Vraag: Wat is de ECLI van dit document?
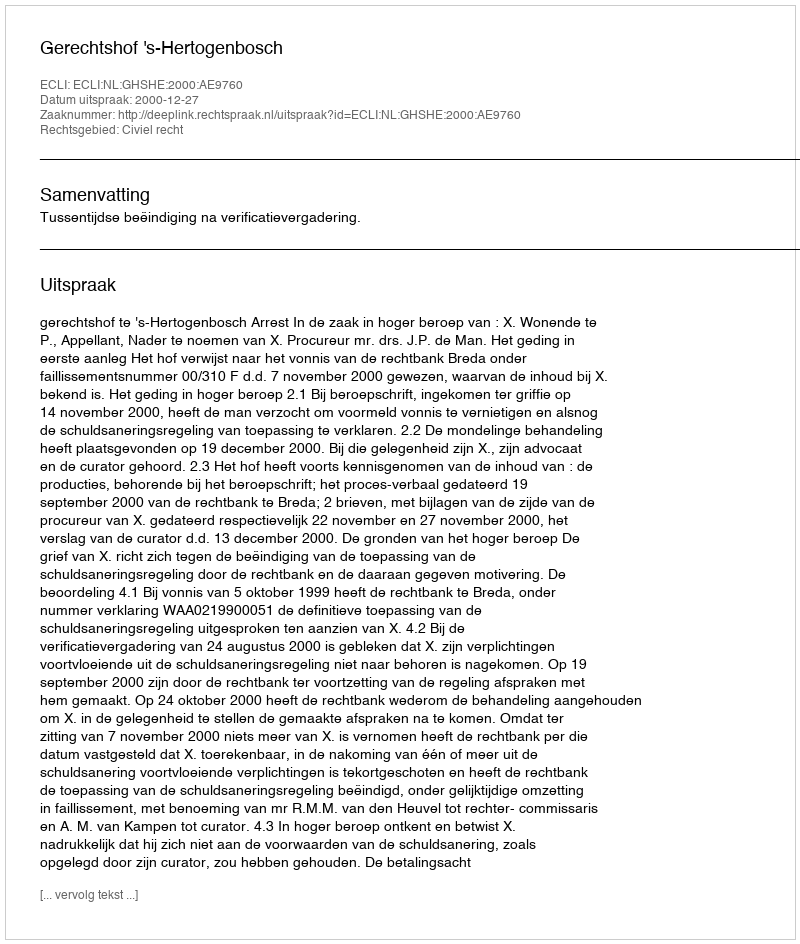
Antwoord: ECLI:NL:GHSHE:2000:AE9760